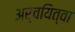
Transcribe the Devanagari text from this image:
अर्चयित्वा